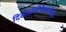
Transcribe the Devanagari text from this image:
दिवोदासीयेकाशीखंडे